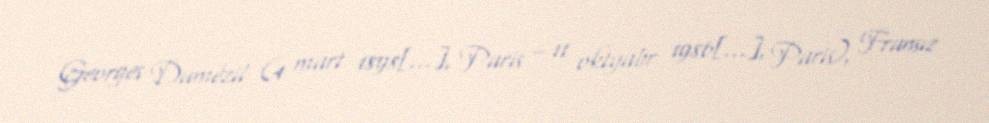
Georges Dumézil (4 mart 1898[…], Paris – 11 oktyabr 1986[…], Paris), Fransız